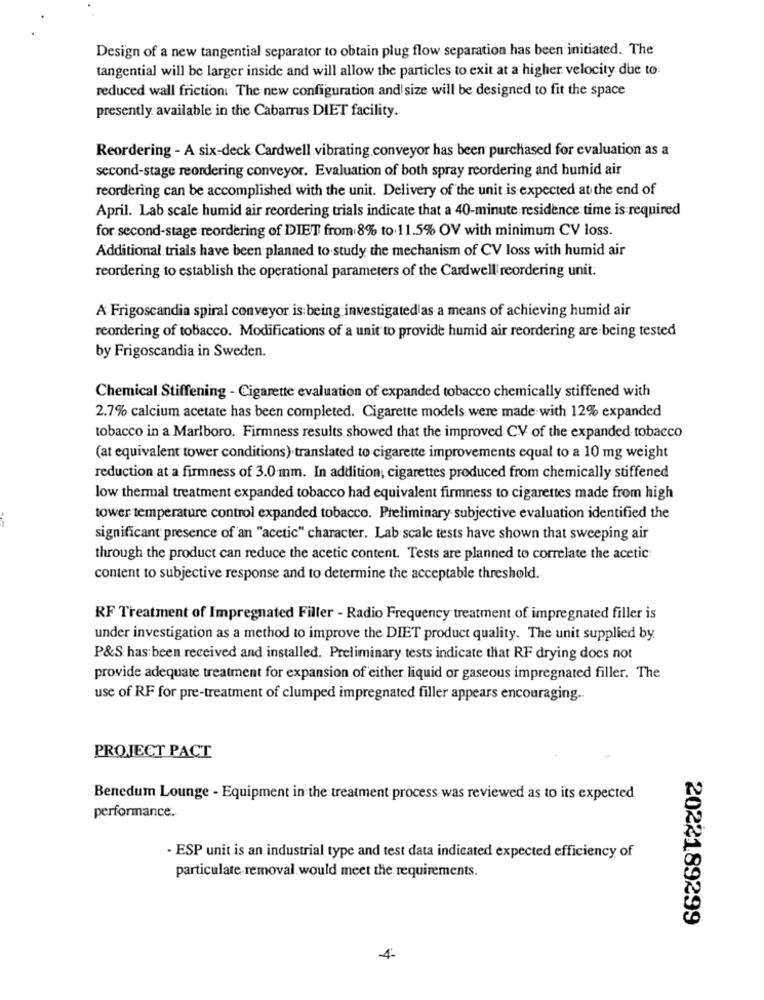
Design of a new tangential separator to obtain plug flow separation has been initiated. The
tangential will be larger inside and will allow the particles to exit at a higher velocity due to:
reduced wall friction. The new configuration and size will be designed to fit the space
presently available in the Cabarrus DIET facility.
Reordering - A six-deck Cardwell vibrating.conveyor has been purchased for evaluation as a
second-stage reordering conveyor. Evaluation of both spray reordering and humid air
reordering can be accomplished with the unit. Delivery of the unit is expected at the end of
April. Lab scale humid air reordering trials indicate that a 40-minute residence time is required
for second-stage reordering of DIET from 8% to.11.5% OV with minimum CV loss.
Additional trials have been planned to study the mechanism of CV loss with humid air
reordering to establish the operational parameters of the Cardwell'reordering unit.
A Frigoscandia spiral conveyor is being investigated as a means of achieving humid air
reordering of tobacco. Modifications of a unit to provide humid air reordering are being tested
by Frigoscandia in Sweden.
Chemical Stiffening - Cigarette evaluation of expanded tobacco chemically stiffened with
2.7% calcium acetate has been completed. Cigarette models were made with 12% expanded
tobacco in a Marlboro. Firmness results showed that the improved CV of the expanded tobacco
(at equivalent tower conditions) translated to cigarette improvements equal to a 10 mg weight
reduction at a firmness of 3.0 mm. In addition, cigarettes produced from chemically stiffened
low thermal treatment expanded tobacco had equivalent firmness to cigarettes made from high
tower temperature control expanded tobacco. Preliminary subjective evaluation identified the
significant presence of an "acetic" character. Lab scale tests have shown that sweeping air
through the product can reduce the acetic content. Tests are planned to correlate the acetic
content to subjective response and to determine the acceptable threshold.
RF Treatment of Impregnated Filler - Radio Frequency treatment of impregnated filler is
under investigation as a method to improve the DIET product quality. The unit supplied by.
P&S has been received and installed. Preliminary tests indicate that RF drying does not
provide adequate treatment for expansion of either liquid or gaseous impregnated filler. The
use of RF for pre-treatment of clumped impregnated filler appears encouraging ..
PROJECT PACT
Benedum Lounge - Equipment in the treatment process was reviewed as to its expected
performance.
· ESP unit is an industrial type and test data indicated expected efficiency of
particulate removal would meet the requirements.
2022189299
-4-